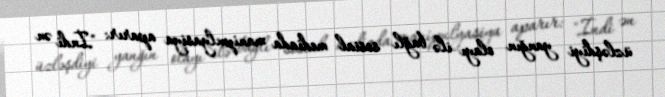
üzləşdiyi yanğın olayı ilə bağlı sosial mediada manipulyasiya aparır: "İndi ən